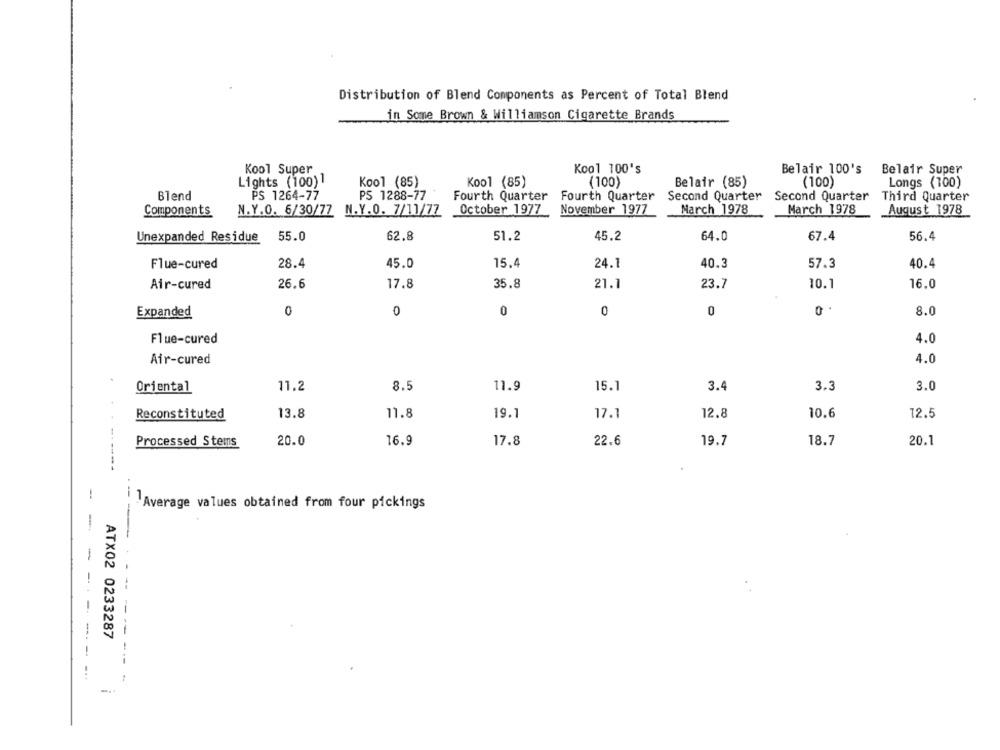
Distribution of Blend Components as Percent of Total Blend
in Some Brown & Williamson Cigarette Brands
Kool Super
Kool 100's
Belair 100's
Belair Super
Lights (100) 1
Kool (85)
Kool (85)
(100)
Belair (85)
(100)
Longs (100)
Blend
PS 1264-77
PS 1288-77
Second Quarter
Fourth Quarter
Fourth Quarter
Second Quarter
Third Quarter
October 1977
November 1977
March 1978
March 1978
August 1978
Components
N.Y.O. 6/30/77 N.Y.O. 7/11/77
Unexpanded Residue
55.0
62.8
51.2
45.2
64.0
67.4
56.4
28.4
40.3
Flue-cured
45.0
15.4
24.1
57.3
40.4
Air-cured
26.6
17.8
35.8
21.1
23.7
10.1
16.0
Expanded
0
0
0
0
0
0
8.0
Flue-cured
4.0
Air-cured
4.0
Oriental
11.2
8.5
11.9
15.1
3.4
3.3
3.0
Reconstituted
13.8
11.8
19.1
17.1
12.8
10.6
12.5
20.0
16.9
17.8
22.6
19.7
18.7
20.1
Processed Stems
-
-Average values obtained from four pickings
-
ATX02 0233287
--
--
---- -- -